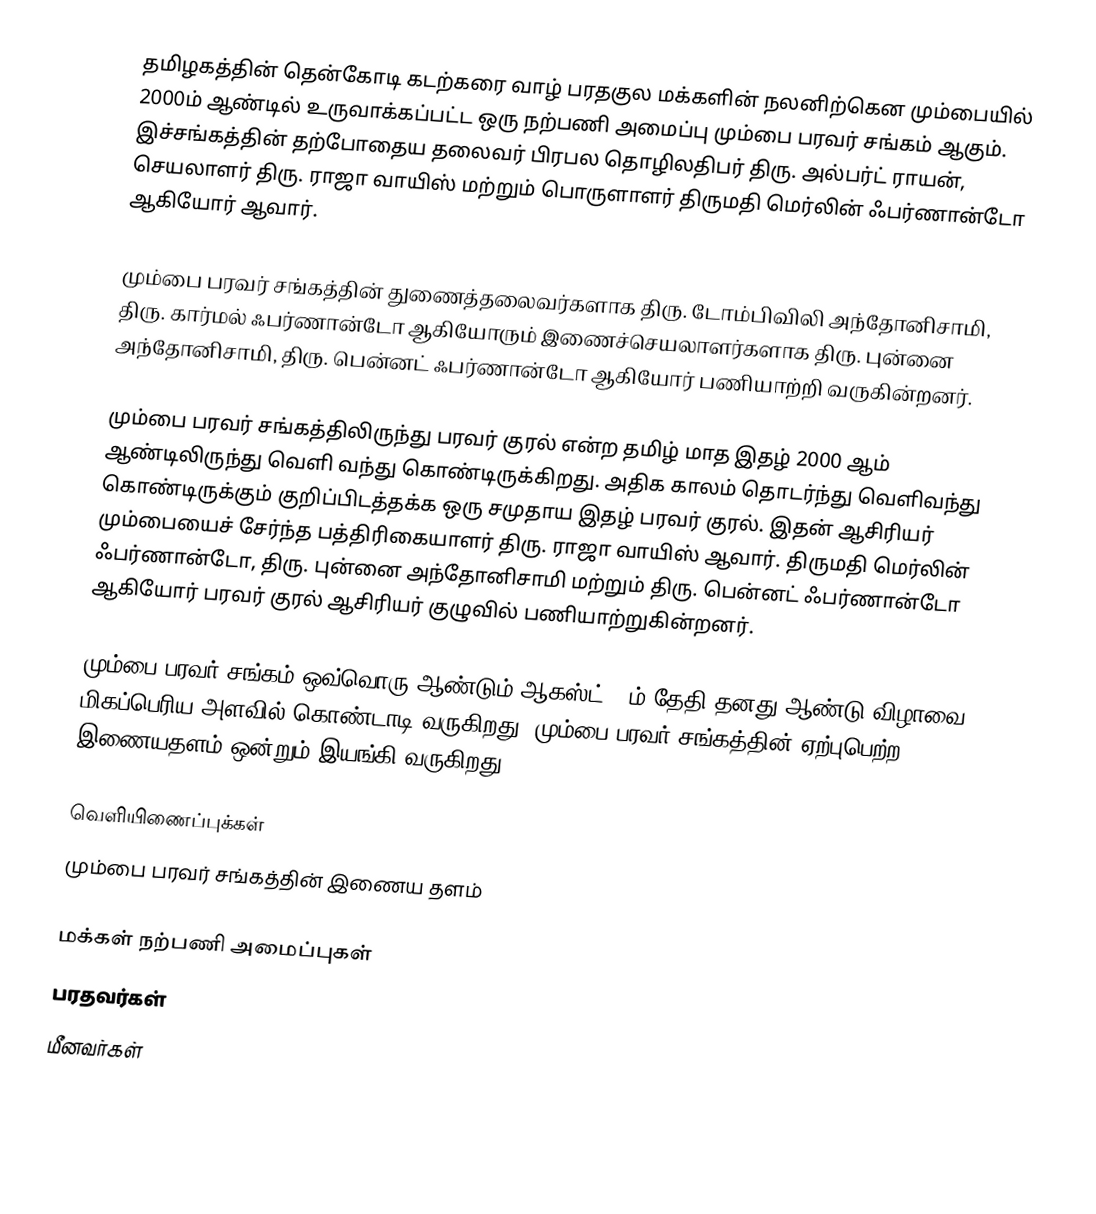
தமிழகத்தின் தென்‌கோடி கடற்கரை வாழ் பரதகுல  மக்களின் நலனிற்கென மும்பையில் 2000ம் ஆண்டில் உருவாக்கப்பட்ட ஒரு நற்பணி அமைப்பு மும்பை பரவர் சங்கம் ஆகும். இச்சங்கத்தின் தற்போதைய தலைவர் பிரபல தொழிலதிபர் திரு. அல்பர்ட் ராயன், செயலாளர் திரு. ராஜா வாயிஸ் மற்றும் பொருளாளர் திருமதி மெர்லின் ஃபர்ணான்டோ ஆகியோர் ஆவார்.

மும்பை பரவர் சங்கத்தின் துணைத்தலைவர்களாக திரு. டோம்பிவிலி அந்தோனிசாமி, திரு. கார்மல் ஃபர்ணான்டோ ஆகியோரும் இணைச்‌செயலாளர்களாக திரு. புன்னை அந்தோனிசாமி, திரு. பென்னட் ஃபர்ணான்டோ ஆகியோர் பணியாற்றி வருகின்றனர்.

மும்பை பரவர் சங்கத்திலிருந்து பரவர் குரல் என்ற தமிழ் மாத இதழ் 2000 ஆம் ஆண்டிலிருந்து வெளி வந்து கொண்டிருக்கிறது. அதிக காலம் தொடர்ந்து வெளிவந்து கொண்டிருக்கும் குறிப்பிடத்தக்க ஒரு சமுதாய இதழ் பரவர்  குரல். இதன் ஆசிரியர் மும்பையைச் சேர்ந்த பத்திரிகையாளர் திரு. ராஜா வாயிஸ் ஆவார். திருமதி மெர்லின் ஃபர்ணான்டோ, திரு. புன்னை அந்தோனிசாமி மற்றும் திரு. பென்னட் ஃபர்ணான்டோ ஆகியோர் பரவர் குரல் ஆசிரியர் குழுவில் பணியாற்றுகின்றனர்.

மும்பை பரவர் சங்கம் ஒவ்வொரு ஆண்டும் ஆகஸ்ட் 15ம் தேதி தனது ஆண்டு விழாவை மிகப்பெரிய அளவில் கொண்டாடி வருகிறது. மும்பை பரவர் சங்கத்தின் ஏற்புபெற்ற இணையதளம் ஒன்றும் இயங்கி வருகிறது.

வெளியிணைப்புக்கள்
மும்பை பரவர் சங்கத்தின் இணைய தளம்

மக்கள் நற்பணி அமைப்புகள்
பரதவர்கள்
மீனவர்கள்